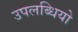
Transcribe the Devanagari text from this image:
उपलब्धियो